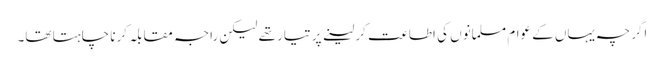
اگرچہ یہاں کے عوام مسلمانوں کی اطاعت کر لینے پر تیار تھے لیکن راجہ مقابلہ کرنا چاہتا تھا۔